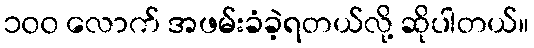
၁၀၀ လောက် အဖမ်းခံခဲ့ရတယ်လို့ ဆိုပါတယ်။